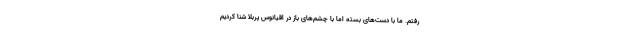
رفتم. ما با دست‌های بسته اما با چشم‌های باز در اقیانوس پربلا شنا کردیم